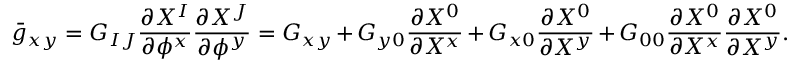
\bar { g } _ { x y } = G _ { I J } \frac { \partial { X ^ { I } } } { \partial { { \phi } ^ { x } } } \frac { \partial { X ^ { J } } } { \partial { { \phi } ^ { y } } } = G _ { x y } + G _ { y 0 } \frac { \partial { X ^ { 0 } } } { \partial { X ^ { x } } } + G _ { x 0 } \frac { \partial { X ^ { 0 } } } { \partial { X ^ { y } } } + G _ { 0 0 } \frac { \partial { X ^ { 0 } } } { \partial { X ^ { x } } } \frac { \partial { X ^ { 0 } } } { \partial { X ^ { y } } } .